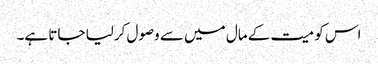
اس کو میت کے مال میں سے وصول کرلیا جاتا ہے۔